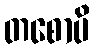
တစောပိ